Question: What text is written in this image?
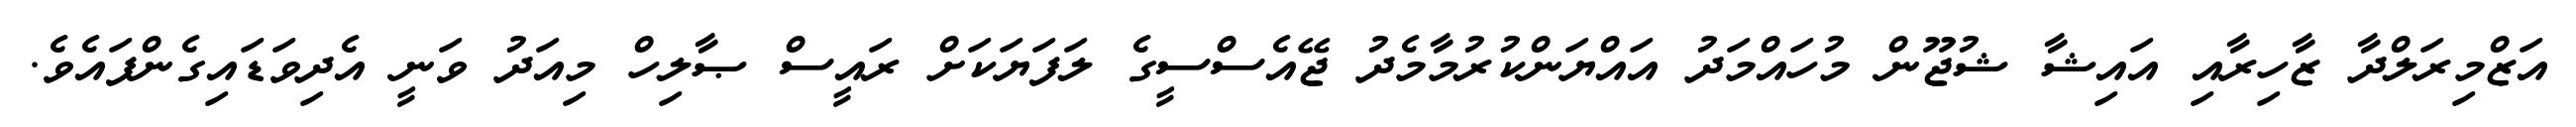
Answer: އަޒްމިރަލްދާ ޒާހިރާއި އައިޝާ ޝުޖޫން މުހައްމަދު އައްޔަންކުރުމާމެދު ޖޭއެސްސީގެ ލަފަޔަކަށް ރައީސް ޞާލިހް މިއަދު ވަނީ އެދިވަޑައިގެންފައެވެ.